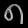
Digit: ၈